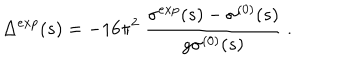
\Delta ^ { e x p } ( s ) = - 1 6 \pi ^ { 2 } \ \frac { \sigma ^ { e x p } ( s ) - \sigma ^ { ( 0 ) } ( s ) } { g \sigma ^ { ( 0 ) } ( s ) } \ .